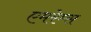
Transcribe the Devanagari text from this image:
एमरेम्स